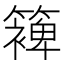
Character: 𮆰